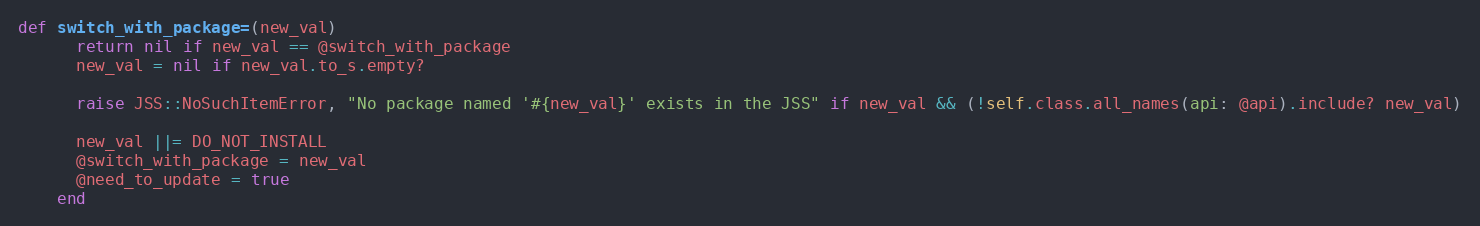
Language: Ruby
def switch_with_package=(new_val)
      return nil if new_val == @switch_with_package
      new_val = nil if new_val.to_s.empty?

      raise JSS::NoSuchItemError, "No package named '#{new_val}' exists in the JSS" if new_val && (!self.class.all_names(api: @api).include? new_val)

      new_val ||= DO_NOT_INSTALL
      @switch_with_package = new_val
      @need_to_update = true
    end